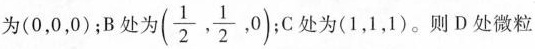
为(0，0，0)；B处为(\frac{1}{2}, \frac{1}{2},0 );C处为(1，1，1)。则D处微粒